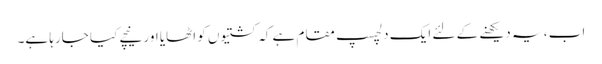
اب ، یہ دیکھنے کے لئے ایک دلچسپ مقام ہے کہ کشتیوں کو اٹھایا اور نیچے کیا جارہا ہے۔